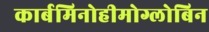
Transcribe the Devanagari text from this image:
कार्बमिनोहीमोग्लोबिन